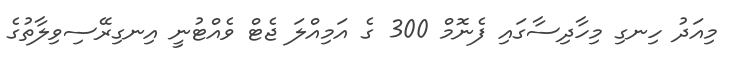
މިއަދު ހިނގި މިހާދިސާގައި ފެނޮމް 300 ގެ އަމިއްލަ ޖެޓް ވެއްޓުނީ އިނގިރޭސިވިލާތުގެ